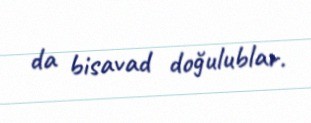
da bisavad doğulublar.